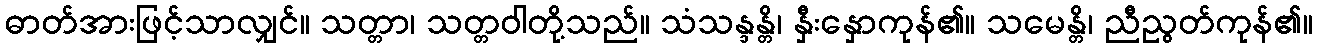
ဓာတ်အားဖြင့်သာလျှင်။ သတ္တာ၊ သတ္တဝါတို့သည်။ သံသန္ဒန္တိ၊ နှီးနှောကုန်၏။ သမေန္တိ၊ ညီညွတ်ကုန်၏။